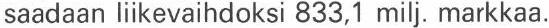
 saadaan liikevaihdoksi 833,1 milj. markkaa.